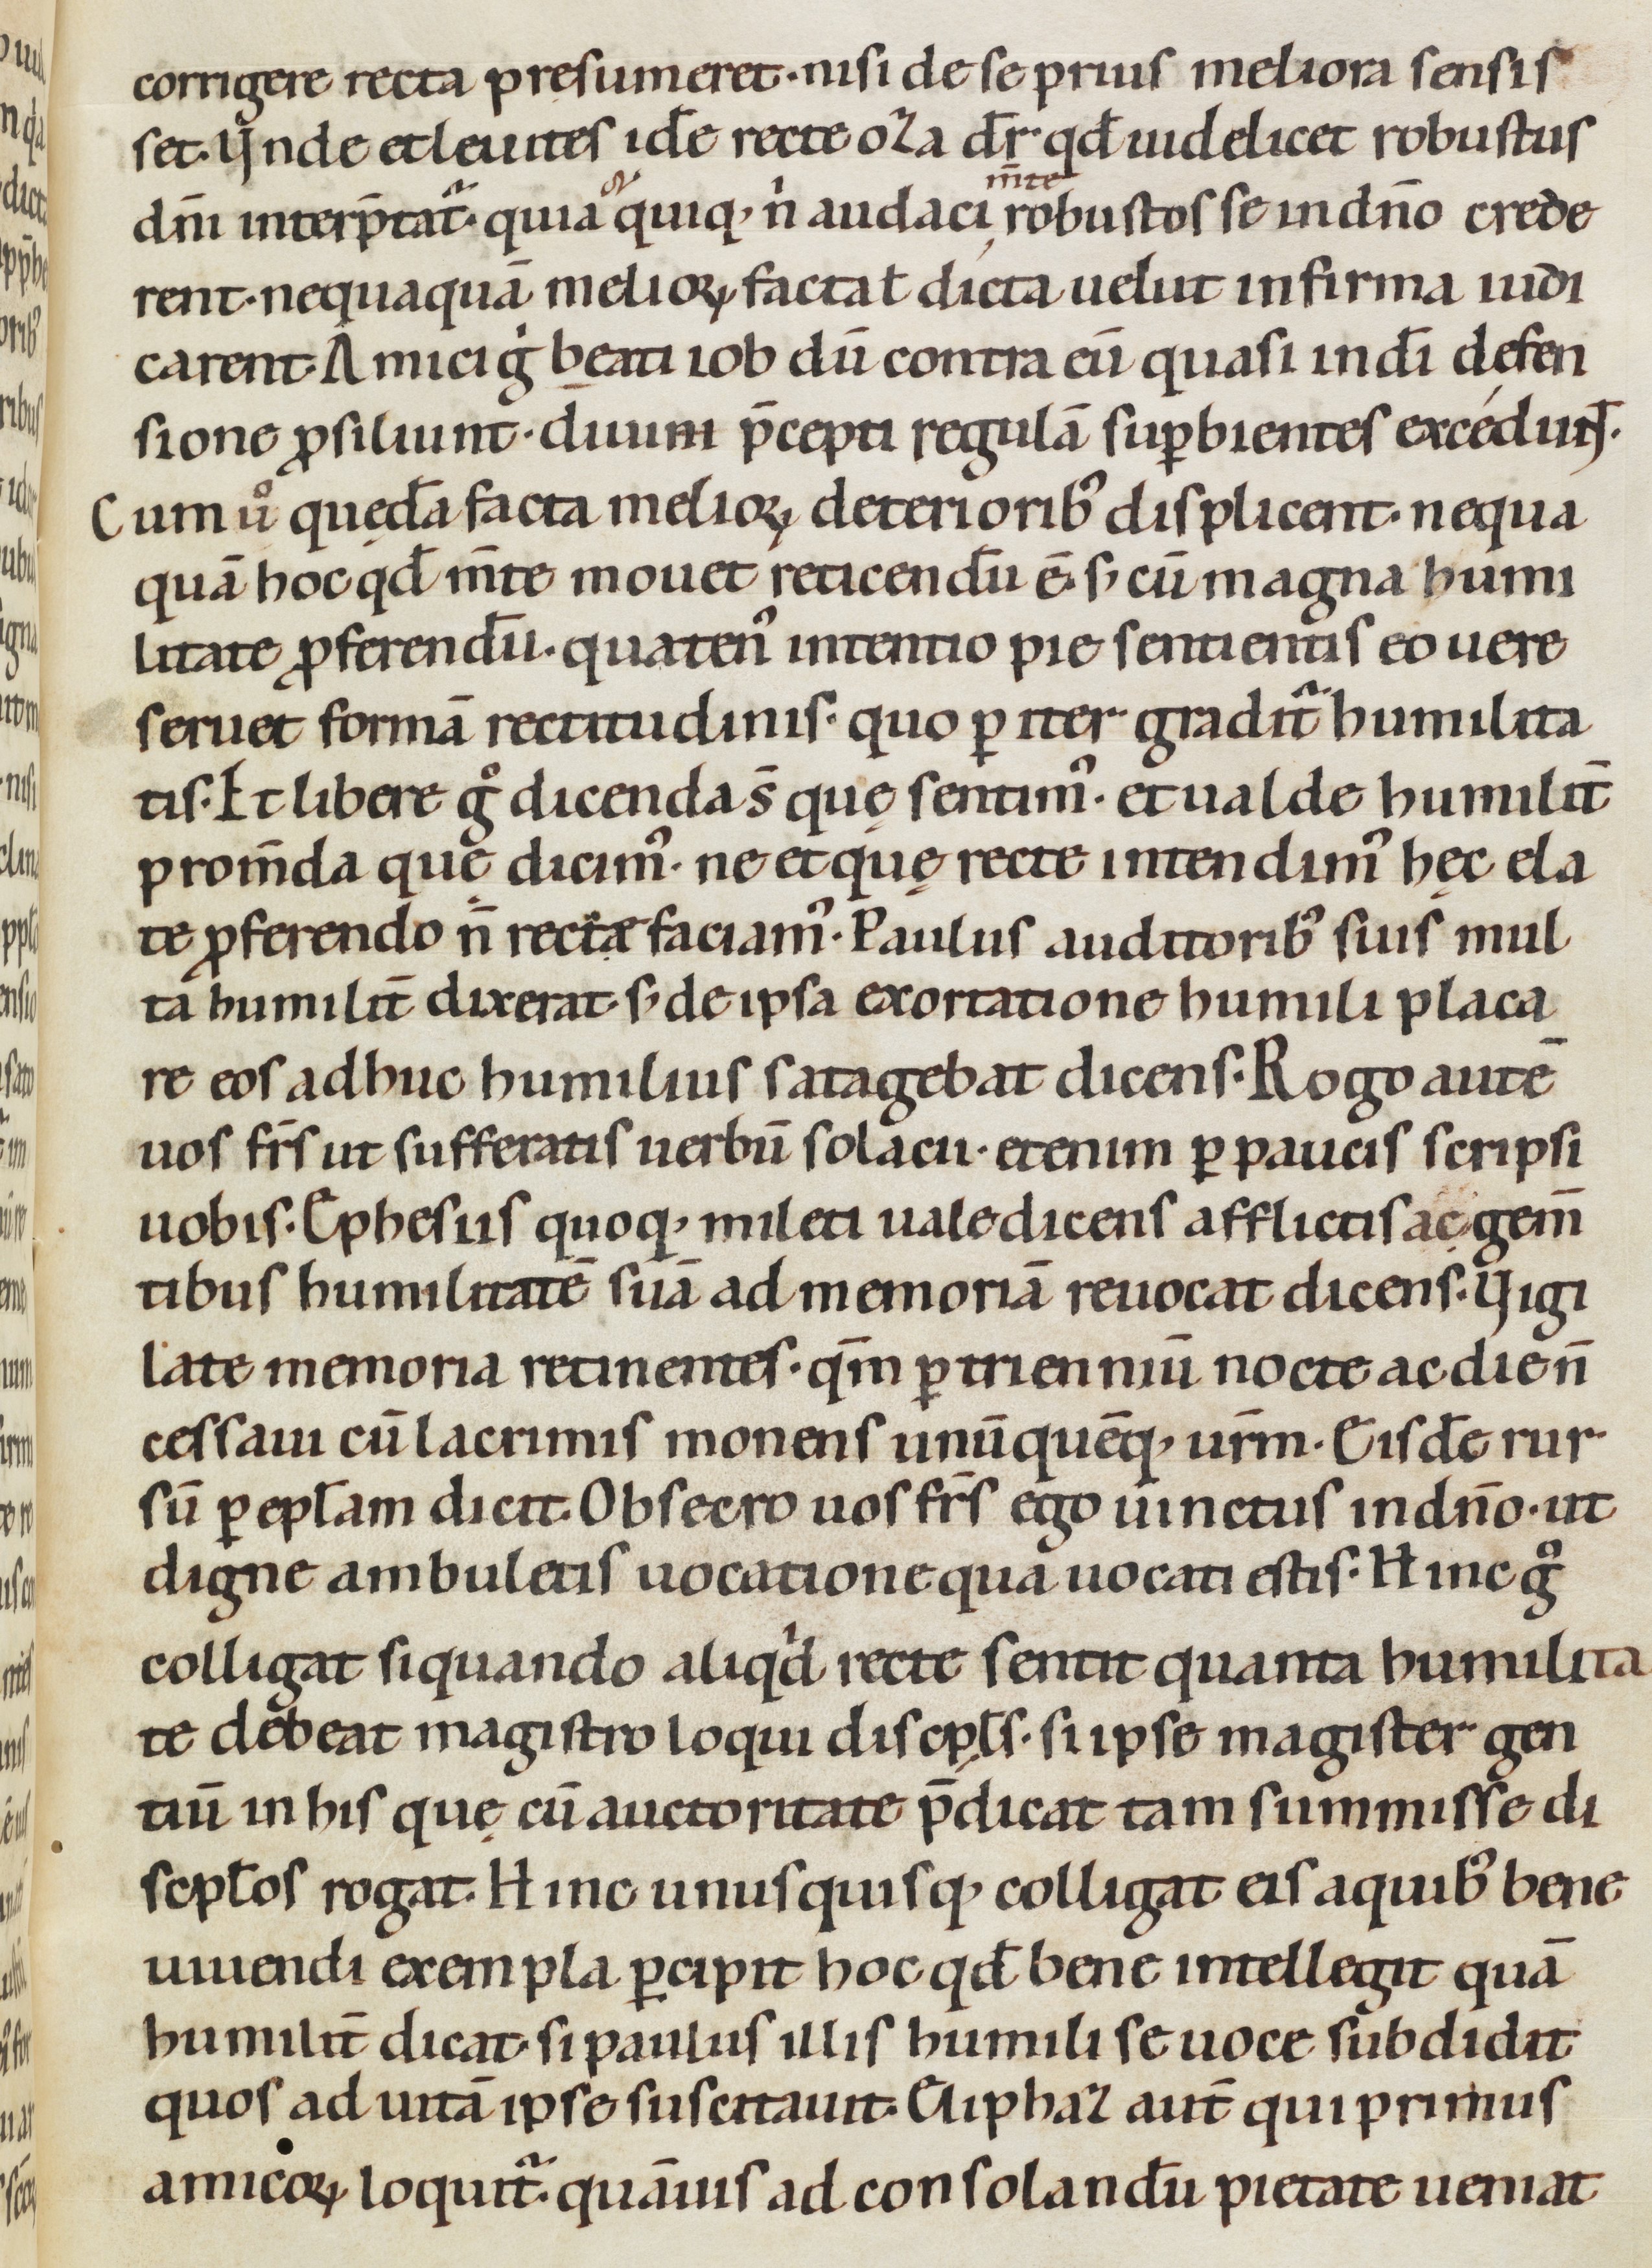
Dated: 1080–1096